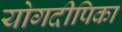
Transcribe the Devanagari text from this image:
योगदीपिका